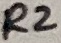
Text: R2